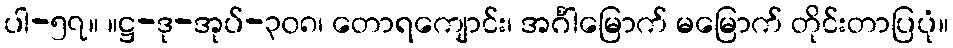
ပါ-၅၇။ ။ဋ္ဌ-ဒု-အုပ်-၃၀၈၊ တောရကျောင်း၊ အင်္ဂါမြောက် မမြောက် တိုင်းတာပြပုံ။